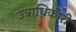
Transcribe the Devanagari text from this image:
उत्राधिकारी